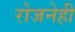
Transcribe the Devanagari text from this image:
रोजनेही